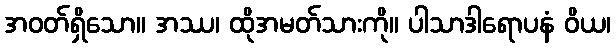
အဝတ်ရှိသော။ အဿ၊ ထိုအမတ်သားကို။ ပါသာဒါရောပနံ ဝိယ၊